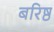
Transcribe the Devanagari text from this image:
बरिष्ठ